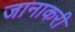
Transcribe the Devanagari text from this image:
जानाकरी